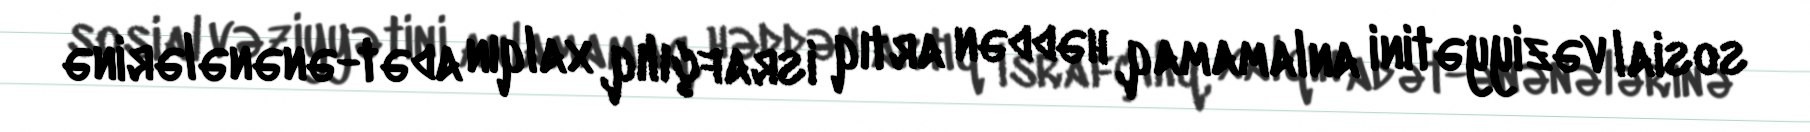
sosial vəziyyətini anlamamaq, həddən artıq israfçılıq, xalqın adət-ənənələrinə